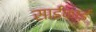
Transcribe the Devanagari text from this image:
साईफाई